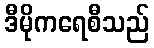
ဒီမိုကရေစီသည်